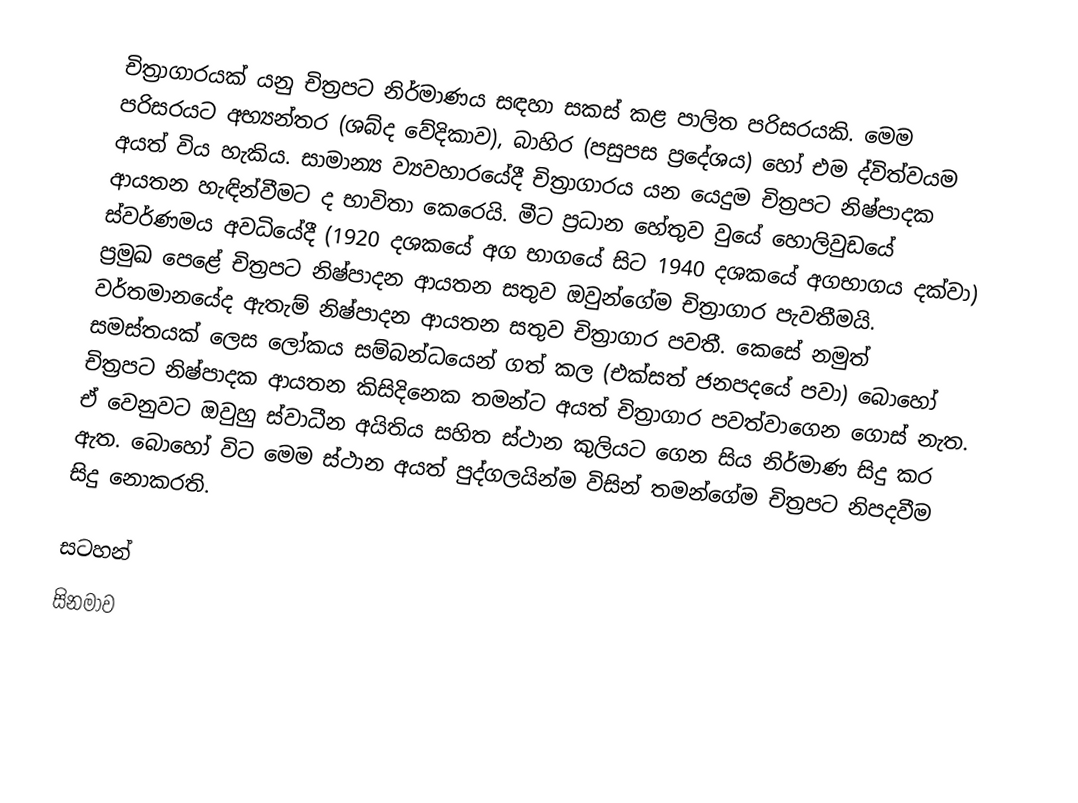
චිත්‍රාගාරයක් යනු චිත්‍රපට නිර්මාණය සඳහා සකස් කළ පාලිත පරිසරයකි. මෙම පරිසරයට අභ්‍යන්තර (ශබ්ද වේදිකාව), බාහිර (පසුපස ප්‍රදේශය) හෝ එම ද්විත්වයම අයත් විය හැකිය. සාමාන්‍ය ව්‍යවහාරයේදී චිත්‍රාගාරය යන යෙදුම චිත්‍රපට නිෂ්පාදක ආයතන හැඳින්වීමට ද භාවිතා කෙරෙයි. මීට ප්‍රධාන හේතුව වුයේ හොලිවුඩයේ ස්වර්ණමය අවධියේදී (1920 දශකයේ අග භාගයේ සිට 1940 දශකයේ අගභාගය දක්වා) ප්‍රමුඛ පෙළේ චිත්‍රපට නිෂ්පාදන ආයතන සතුව ඔවුන්ගේම චිත්‍රාගාර පැවතීමයි. වර්තමානයේද ඇතැම් නිෂ්පාදන ආයතන සතුව චිත්‍රාගාර පවතී. කෙසේ නමුත් සමස්තයක් ලෙස ලෝකය සම්බන්ධයෙන් ගත් කල (එක්සත් ජනපදයේ පවා) බොහෝ චිත්‍රපට නිෂ්පාදක ආයතන කිසිදිනෙක තමන්ට අයත් චිත්‍රාගාර පවත්වාගෙන ගොස් නැත. ඒ වෙනුවට ඔවුහු ස්වාධීන අයිතිය සහිත ස්ථාන කුලියට ගෙන සිය නිර්මාණ සිදු කර ඇත. බොහෝ විට මෙම ස්ථාන අයත් පුද්ගලයින්ම විසින් තමන්ගේම චිත්‍රපට නිපදවීම සිදු නොකරති.

සටහන්
සිනමාව